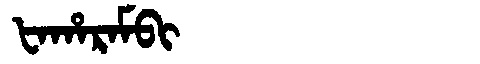
Manchu: ᡶᠠᡥᠠᡵᠠᠮᠪᡳ
Romanization: FAHARAMBI